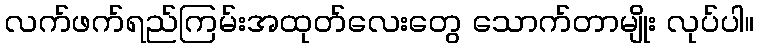
လက်ဖက်ရည်ကြမ်းအထုတ်လေးတွေ သောက်တာမျိုး လုပ်ပါ။